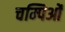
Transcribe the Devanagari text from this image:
चम्पिओं